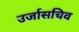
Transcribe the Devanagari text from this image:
उर्जासचिव